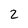
Character: 2